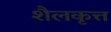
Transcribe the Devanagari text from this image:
शैलकृत्त